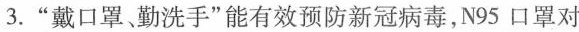
3.”戴口罩勤洗手”能有效预防新冠病毒，N95口罩对